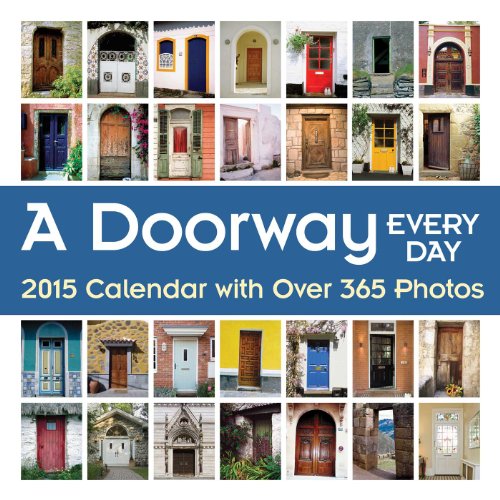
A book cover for A Doorway Every Day 2015 Wall Calendar: with Over 365 Photos; Andrews McMeel Publishing LLC; Calendars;